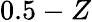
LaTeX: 0.5-Z